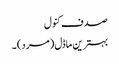
صدف کنول
بہترین ماڈل (مرد) ۔